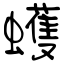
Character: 蠖